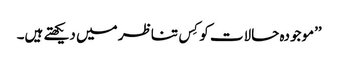
’’موجودہ حالات کو کِس تناظر میں دیکھتے ہیں۔